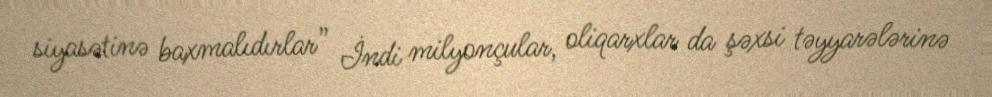
siyasətinə baxmalıdırlar” İndi milyonçular, oliqarxlar da şəxsi təyyarələrinə